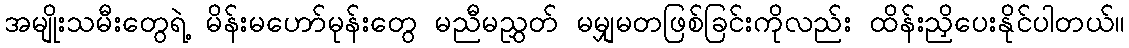
အမျိုးသမီးတွေရဲ့ မိန်းမဟော်မုန်းတွေ မညီမညွှတ် မမျှမတဖြစ်ခြင်းကိုလည်း ထိန်းညှိပေးနိုင်ပါတယ်။